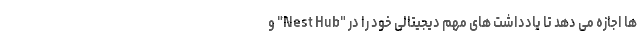
ها اجازه می دهد تا یادداشت های مهم دیجیتالی خود را در "Nest Hub" و